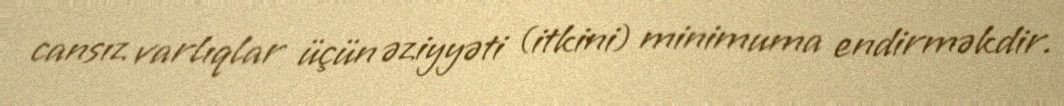
cansız varlıqlar üçün əziyyəti (itkini) minimuma endirməkdir.